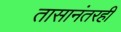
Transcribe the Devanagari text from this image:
तासानंतरही